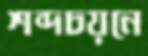
শব্দচয়নে